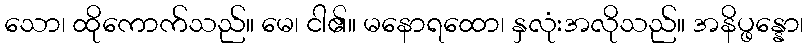
သော၊ ထိုကောက်သည်။ မေ၊ ငါ၏။ မနောရထော၊ နှလုံးအလိုသည်။ အနိပ္ဖန္နော၊